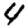
Digit: 4